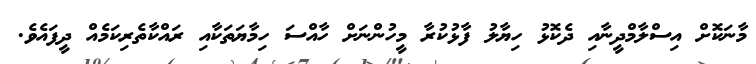
މާނަކޮށް އިސްލާމްދީނާއި ދެކޮޅު ހިޔާލު ފާޅުކުރާ މީހުންނަށް ހާއްސަ ހިމާޔަތަކާއި ރައްކާތެރިކަމެއް ދީފައެވެ.